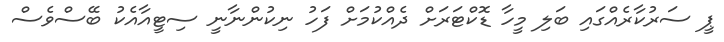
ޕީ ސަރުކާރެއްގައި ބަލި މީހާ ޑޮކްޓަރަށް ދެއްކުމަށް ފަހު ނިކުންނާނީ ސިޓީއާއެކު ބޭސްވެސް